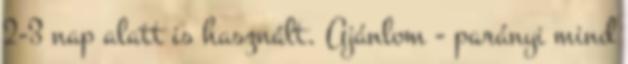
2-3 nap alatt is használt. Ajánlom - parányi mind